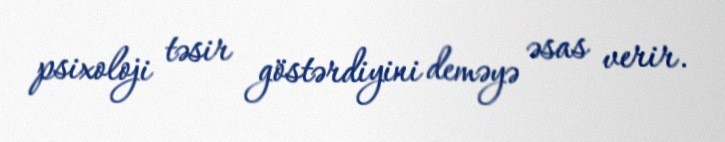
psixoloji təsir göstərdiyini deməyə əsas verir.